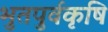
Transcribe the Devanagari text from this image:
भुतपुर्वकृषि